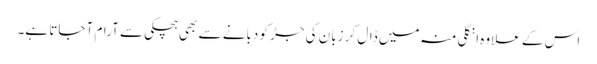
اس کے علاوہ انگلی منہ میں ڈال کر زبان کی جڑ کو دبانے سے بھی ہچکی سے آرام آ جاتا ہے۔